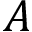
A